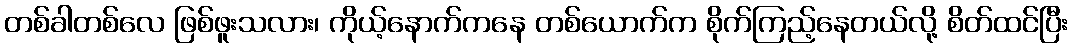
တစ်ခါတစ်လေ ဖြစ်ဖူးသလား၊ ကိုယ့်နောက်ကနေ တစ်ယောက်က စိုက်ကြည့်နေတယ်လို့ စိတ်ထင်ပြီး